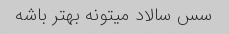
سس سالاد میتونه بهتر باشه